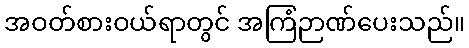
အဝတ်စားဝယ်ရာတွင် အကြံဉာဏ်ပေးသည်။